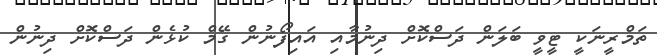
ތަމްރީނަކީ ޓީވީ ބަލަން ދަސްކޮށް ދިނުމާއި އައިފޯނުން ގޭމް ކުޅެން ދަސްކޮށް ދިނުން